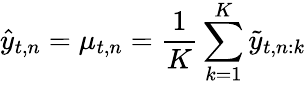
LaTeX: \hat{y}_{t,n}=\mu_{t,n}=\frac{1}{K}\sum_{k=1}^{K}\tilde{y}_{t,n:k}